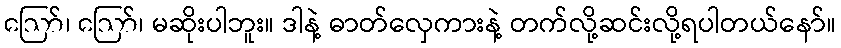
ဪ၊ ဪ၊ မဆိုးပါဘူး။ ဒါနဲ့ ဓာတ်လှေကားနဲ့ တက်လို့ဆင်းလို့ရပါတယ်နော်။